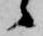
候